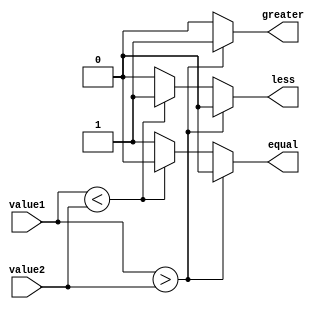
module inequality_comparator (
    input [7:0] value1,
    input [7:0] value2,
    output reg greater,
    output reg less,
    output reg equal
);

always @(*) begin
    if (value1 > value2) begin
        greater = 1;
        less = 0;
        equal = 0;
    end else if (value1 < value2) begin
        greater = 0;
        less = 1;
        equal = 0;
    end else begin
        greater = 0;
        less = 0;
        equal = 1;
    end
end

endmodule